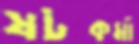
ষটকর্মা